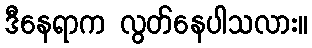
ဒီနေရာက လွတ်နေပါသလား။